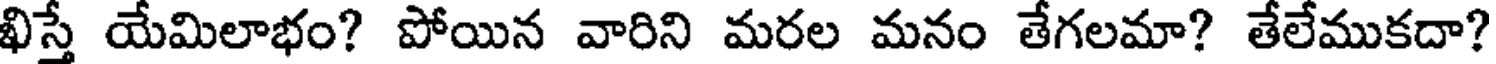
ఖిస్తే యేమిలాభం? పోయిన వారిని మరల మనం తేగలమా? తేలేముకదా?